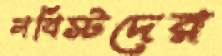
লবিস্টদের